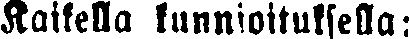
Kaikella kunnioituksella: